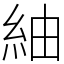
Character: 紬